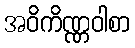
အဝိကိဏ္ဏဝါစာ